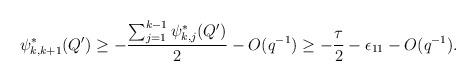
LaTeX: \begin{align*}\psi_{k,k+1}^{\ast}(Q^{\prime})\geq - \frac{\sum_{j=1}^{k-1} \psi_{k,j}^{\ast}(Q^{\prime})}{2}-O(q^{-1})\geq-\frac{\tau}{2}-\epsilon_{11}-O(q^{-1}).\end{align*}